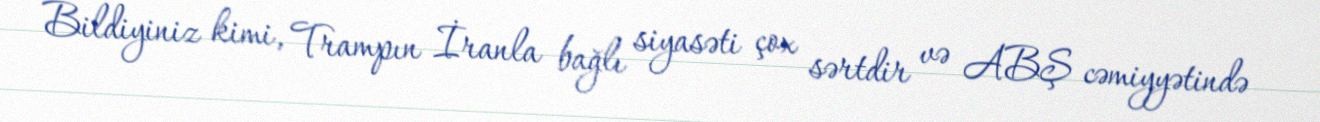
Bildiyiniz kimi, Trampın İranla bağlı siyasəti çox sərtdir və ABŞ cəmiyyətində